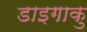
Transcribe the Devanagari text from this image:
डाइगाकु